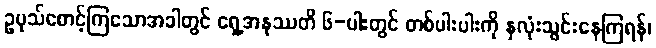
ဥပုသ်စောင့်ကြသောအခါတွင် ရှေ့အနုဿတိ ၆-ပါးတွင် တစ်ပါးပါးကို နှလုံးသွင်းနေကြရန်၊